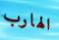
الهارب